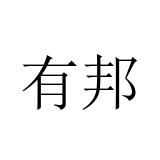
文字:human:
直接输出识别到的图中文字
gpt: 有邦